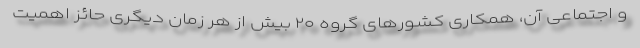
و اجتماعی آن، همکاری کشورهای گروه ۲۰ بیش از هر زمان دیگری حائز اهمیت